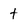
Character: t